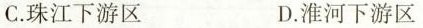
C.珠江下游区 D.淮河下游区